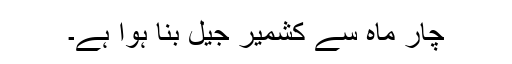
چار ماہ سے کشمیر جیل بنا ہوا ہے۔